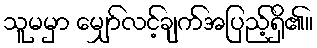
သူမမှာ မျှော်လင့်ချက်အပြည့်ရှိ၏။